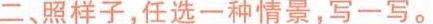
二、照样子，任选一种情景，写一写。